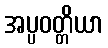
အပ္ပဝတ္တိယာ